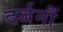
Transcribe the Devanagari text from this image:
दर्जनौं